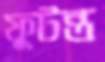
ফুটন্ত